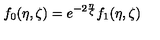
f _ { 0 } ( \eta , \zeta ) = e ^ { - 2 \frac { \eta } { \zeta } } f _ { 1 } ( \eta , \zeta )